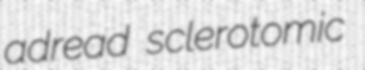
adread sclerotomic